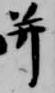
并